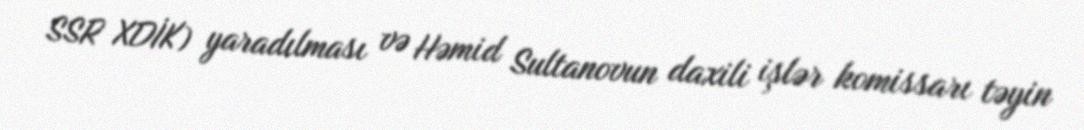
SSR XDİK) yaradılması və Həmid Sultanovun daxili işlər komissarı təyin